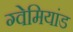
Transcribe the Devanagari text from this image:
ग्वेमियांड